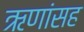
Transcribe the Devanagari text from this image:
ऋणांसह